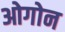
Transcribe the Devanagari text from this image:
ओगोन